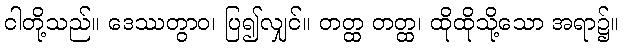
ငါတို့သည်။ ဒေဿတွာဝ၊ ပြ၍လျှင်။ တတ္ထ တတ္ထ၊ ထိုထိုသို့သော အရာ၌။